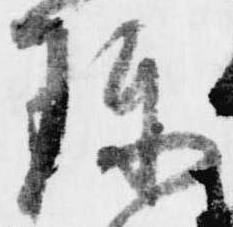
珍